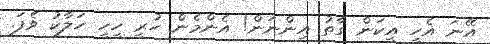
އޭނަ އެހީ އީކަން ގާތު އިންނަން! އެންމެން ހުރީ ހީހީ ހަލާކު ވެފަ.